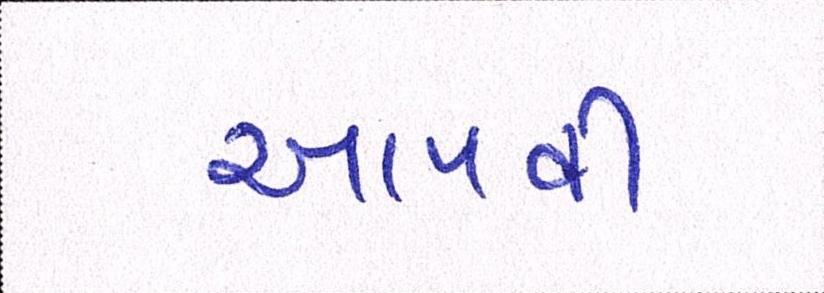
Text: અપાવી